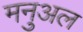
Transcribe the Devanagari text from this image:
मनुअल